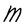
Character: M